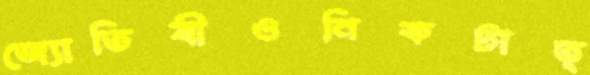
জ্যোতিষীওনিকটাত্